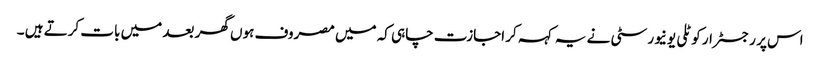
اس پر رجسٹرار کوٹلی یونیورسٹی نے یہ کہہ کر اجازت چاہی کہ میں مصروف ہوں گھر بعد میں بات کرتے ہیں ۔